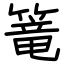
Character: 篭